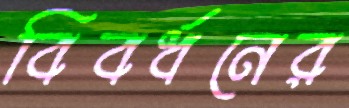
বিবর্ধনের